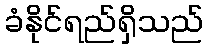
ခံနိုင်ရည်ရှိသည်